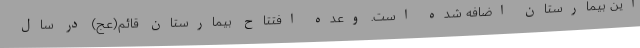
این بیمارستان اضافه شده است. وعده افتتاح بیمارستان قائم(عج) در سال